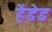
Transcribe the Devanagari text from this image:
हेंडेड